Welfare of youth, 1940
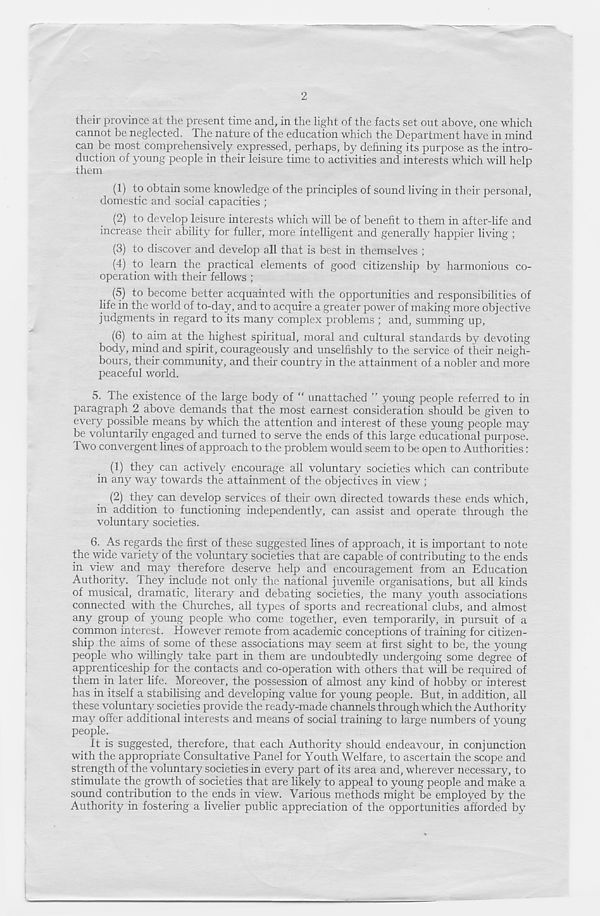
2
their province at the present time and, in the light of the facts set out above, one which
cannot be neglected. The nature of the education which the Department have in mind
can be most comprehensively expressed, perhaps, by defining its purpose as the intro-
duction of young people in their leisure time to activities and interests which will help
them
(1) to obtain some knowledge of the principles of sound living in their personal,
domestic and social capacities ;
(2) to develop leisure interests which will be of benefit to them in after-life and
increase their ability for fuller, more intelligent and generally happier living ;
(3) to discover and develop all that is best in themselves ;
(4) to learn the practical elements of good citizenship by harmonious co-
operation with their fellows ;
(5) to become better acquainted with the opportunities and responsibilities of
life in the world of to-day, and to acquire a greater power of making more objective
judgments in regard to its many complex problems ; and, summing up,
(6) to aim at the highest spiritual, moral and cultural standards by devoting
body, mind and spirit, courageously and unselfishly to the service of their neigh-
bours, their community, and their country in the attainment of a nobler and more
peaceful world.
5. The existence of the large body of “ unattached ” young people referred to in
paragraph 2 above demands that the most earnest consideration should be given to
every possible means by which the attention and interest of these young people may
be voluntarily engaged and turned to serve the ends of this large educational purpose.
Two convergent lines of approach to the problem would seem to be open to Authorities:
(1) they can actively encourage all voluntary societies which can contribute
in any way towards the attainment of the objectives in view ;
(2) they can develop services of their own directed towards these ends which,
in addition to functioning independently, can assist and operate through the
voluntary societies.
6.. As regards the first of these suggested lines of approach, it is important to note
the wide variety of the voluntary societies that are capable of contributing to the ends
in view and may therefore deserve help and encouragement from an Education
Authority. 1 hey include not only the national juvenile organisations, but all kinds
of musical, dramatic, literary and debating societies, the many youth associations
connected with the Churches, all types of sports and recreational clubs, and almost
any group of young people who come together, even temporarily, in pursuit of a
common interest. However remote from academic conceptions of training for citizen-
ship the aims of some of these associations may seem at first sight to be, the young
people who willingly take part in them are undoubtedly undergoing some degree of
apprenticeship for the contacts and co-operation with others that will be required of
them in later life. Moreover, the possession of almost any kind of hobby or interest
has in itself a stabilising and developing value for young people. But, in addition, all
these voluntary societies provide the ready-made channels through which the Authority
may offer additional interests and means of social training to large numbers of young
people.
It is suggested, therefore, that each Authority should endeavour, in conjunction
with the appropriate Consultative Panel for Youth Welfare, to ascertain the scope and
strength of the voluntary societies in every part of its area and, wherever necessary, to
stimulate the growth of societies that are likely to appeal to young people and make a
sound contribution to the ends in view. Various methods might be employed by the
Authority in fostering a livelier public appreciation of the opportunities afforded by